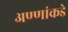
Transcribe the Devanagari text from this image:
अण्णांकडे